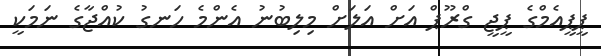
ޕީޕީއެމްގެ ޕީޖީ ގްރޫޕް އަށް އަލަށް މިލިބުނު އެންމެ ހަނގު ކުއްޖާގެ ނަމަކީ